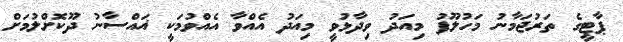
ޕާޓީގެ ތަރުޖަމާނު މަހުލޫފު މިއަދު ވިދާޅުވީ މިއަދު އެއްވާ އެއްވުމަކީ ޣައްސާނު ދޫކޮށްލުމަށް